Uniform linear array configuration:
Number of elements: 24
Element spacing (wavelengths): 0.5
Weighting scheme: cosine
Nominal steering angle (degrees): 60
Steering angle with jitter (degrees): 58.252
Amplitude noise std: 0.05
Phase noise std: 0.05

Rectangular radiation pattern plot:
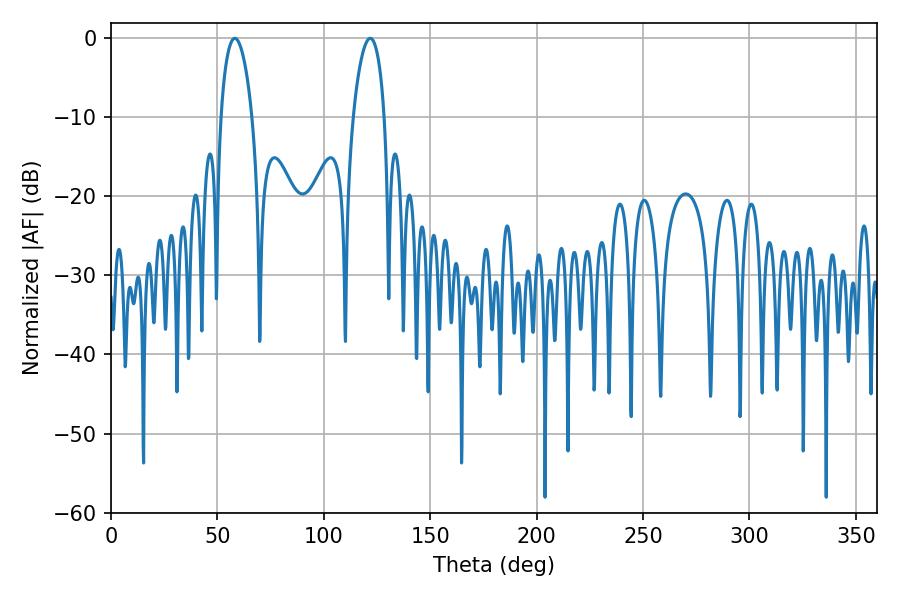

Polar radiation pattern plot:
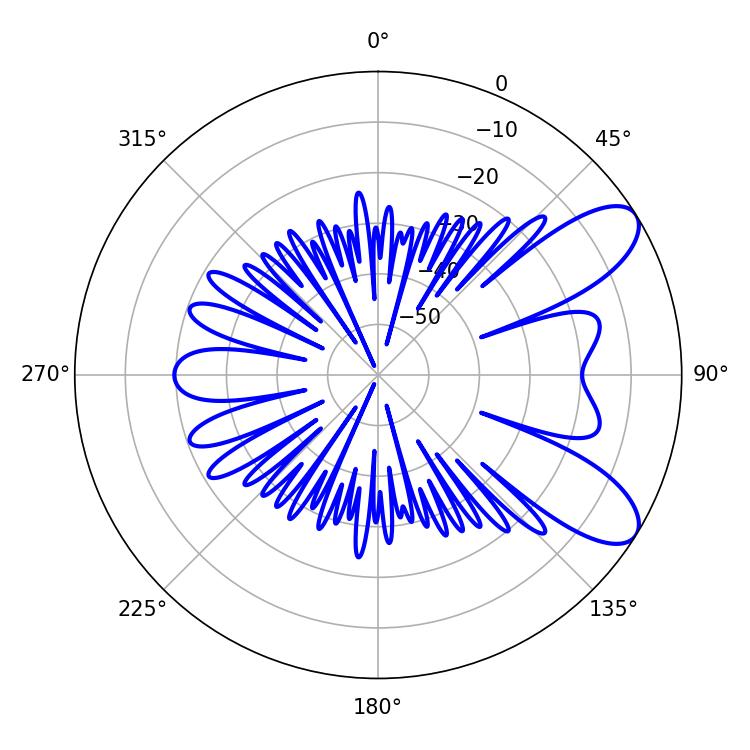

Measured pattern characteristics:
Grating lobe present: FALSE
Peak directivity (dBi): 8.685
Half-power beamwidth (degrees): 8.28
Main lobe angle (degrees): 58.14